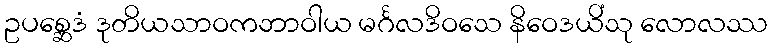
ဥပစ္ဆေဒံ ဒုတိယသာဝကဘာဝါယ မင်္ဂလဒိဝသေ နိဝေဒယိံသု လောလဿ